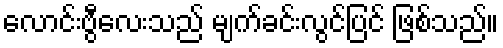
လောင်းဗွီလေးသည် မျက်ခင်းလွင်ပြင် ဖြစ်သည်။